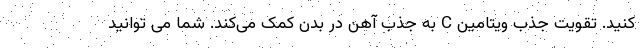
کنید. تقویت جذب ویتامین C به جذب آهن در بدن کمک می‌کند. شما می توانید